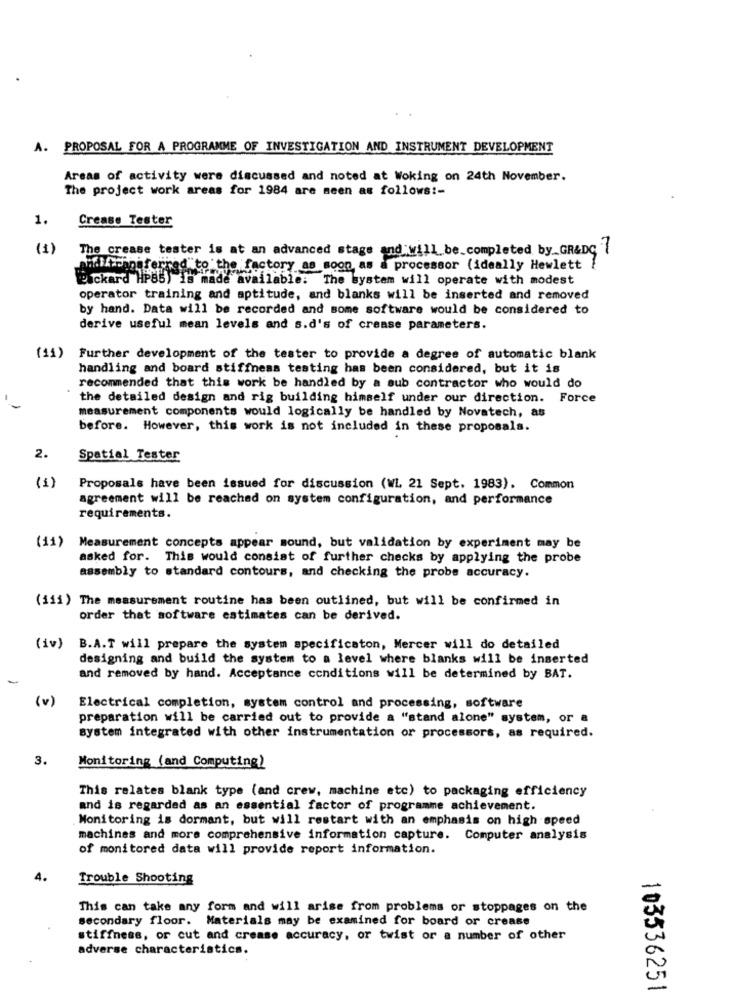
A. PROPOSAL FOR A PROGRAMME OF INVESTIGATION AND INSTRUMENT DEVELOPMENT
Areas of activity were discussed and noted at Woking on 24th November.
The project work areas for 1984 are seen as follows :-
1.
Crease Tester
(1)
The crease tester is at an advanced stage and will be_completed by_GR&DC {
anilfinnsferred to the factory as soon as a processor (ideally Hewlett
Packard HP85) is made available: The system will operate with modest
operator training and aptitude, and blanks will be inserted and removed
by hand. Data will be recorded and some software would be considered to
derive useful mean levels and s.d's of crease parameters.
(11) Further development of the tester to provide a degree of automatic blank
handling and board stiffness testing has been considered, but it is
recommended that this work be handled by a sub contractor who would do
the detailed design and rig building himself under our direction. Force
measurement components would logically be handled by Novatech, as
before. However, this work is not included in these proposals.
2.
Spatial Tester
(1)
Proposals have been issued for discussion (WL 21 Sept. 1983). Common
agreement will be reached on system configuration, and performance
requirements.
Measurement concepts appear sound, but validation by experiment may be
(11)
asked for. This would consist of further checks by applying the probe
assembly to standard contours, and checking the probe accuracy.
(111) The measurement routine has been outlined, but will be confirmed in
order that software estimates can be derived.
(iv)
B.A.T will prepare the system specificaton, Mercer will do detailed
designing and build the system to a level where blanks will be inserted
and removed by hand. Acceptance conditions will be determined by BAT.
(v)
Electrical completion, system control and processing, software
preparation will be carried out to provide a "stand alone" system, or a
system integrated with other instrumentation or processors, as required.
3.
Monitoring (and Computing)
This relates blank type (and crew, machine etc) to packaging efficiency
and is regarded as an essential factor of programme achievement.
Monitoring is dormant, but will restart with an emphasis on high speed
machines and more comprehensive information capture. Computer analysis
of monitored data will provide report information.
Trouble Shooting
This can take any form and will arise from problems or stoppages on the
secondary floor. Materials may be examined for board or crease
stiffness, or cut and crease accuracy, or twist or a number of other
adverse characteristics.
103536251